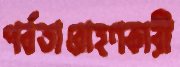
পর্বতারোহণকারী